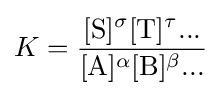
K={\frac {[\mathrm {S} ]^{\sigma }[\mathrm {T} ]^{\tau }...}{[\mathrm {A} ]^{\alpha }[\mathrm {B} ]^{\beta }...}}